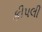
કીપલી